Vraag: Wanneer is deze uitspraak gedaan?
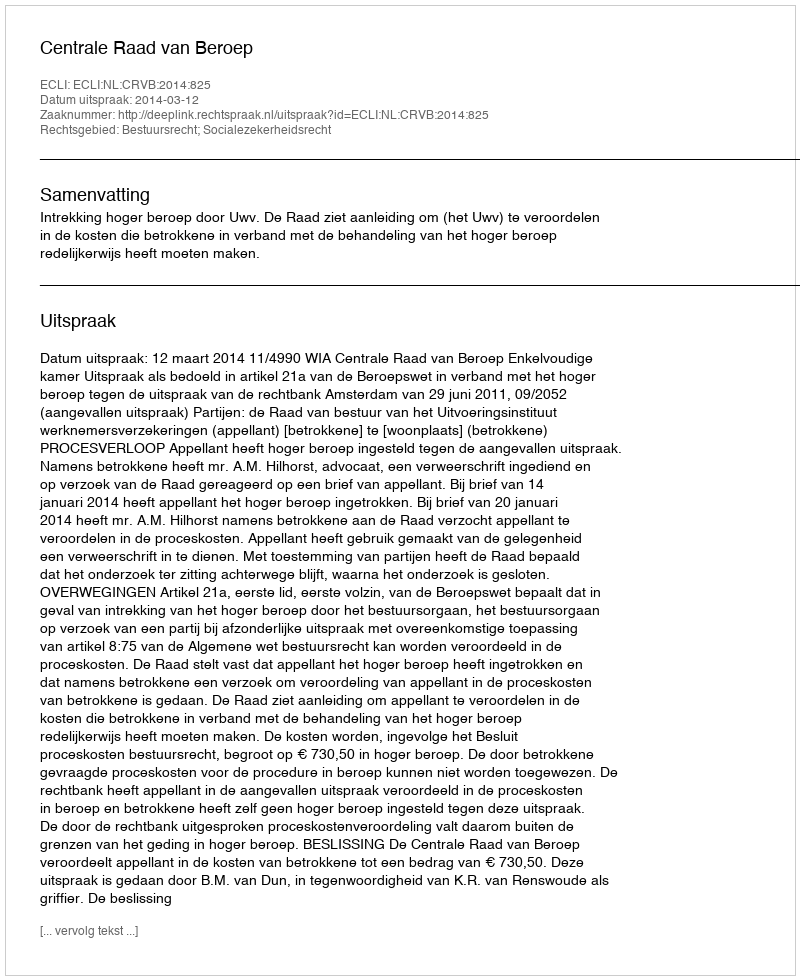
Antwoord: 2014-03-12